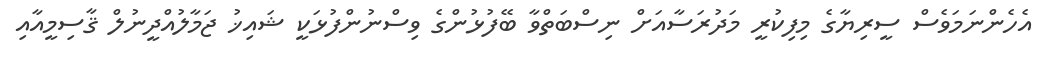
އެހެންނަމަވެސް ސީރިޔާގެ މިފިކުރީ މަދުރަސާއަށް ނިސްބަތްވާ ބޭފުޅުންގެ ވިސްނުންފުޅަކީ ޝައިޚު ޖަމާލުއްދީނުލް ޤާސިމީއާއި